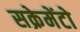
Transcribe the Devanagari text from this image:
सक्रेमेंटो